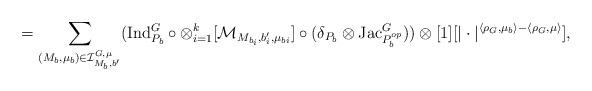
LaTeX: \begin{align*}=\sum\limits_{(M_b, \mu_b) \in \mathcal{I}^{G, \mu}_{M_b, b'}} (\mathrm{Ind}^G_{P_b} \circ \otimes^k_{i=1} [\mathcal{M}_{M_{b_i}, b'_i, \mu_{b i}}]\circ (\delta_{P_b} \otimes \mathrm{Jac}^G_{P^{op}_b}))\otimes [1][|\cdot|^{\langle \rho_G, \mu_b \rangle - \langle \rho_G, \mu \rangle}],\end{align*}